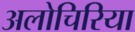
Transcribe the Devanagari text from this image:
अलोचिरिया